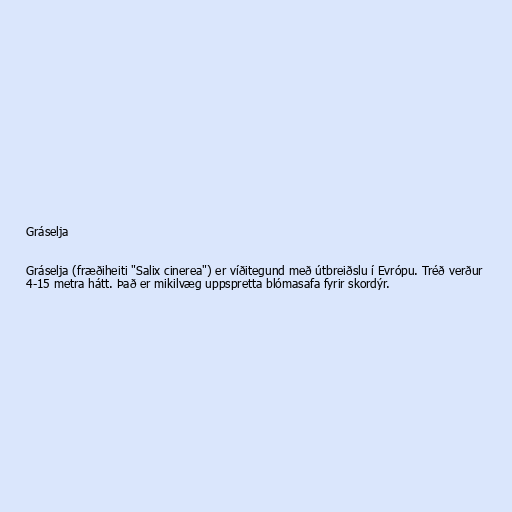
Gráselja

Gráselja (fræðiheiti "Salix cinerea") er víðitegund með útbreiðslu í Evrópu. Tréð verður
4-15 metra hátt. Það er mikilvæg uppspretta blómasafa fyrir skordýr.